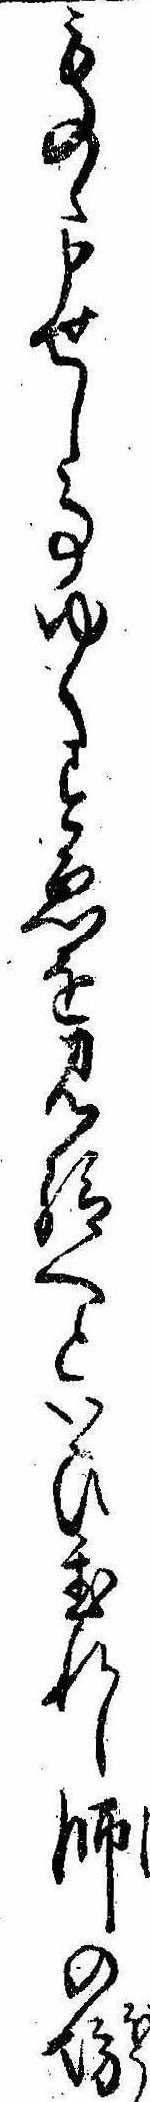
ものゝ申せし事ゆくすゑを見給へといひ置れし師の坊